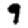
Digit: 9